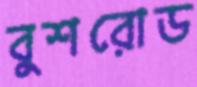
বুশরোড